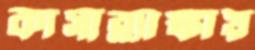
কাসাব্ল্যাঙ্কায়